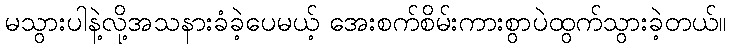
မသွားပါနဲ့လို့အသနားခံခဲ့ပေမယ့် အေးစက်စိမ်းကားစွာပဲထွက်သွားခဲ့တယ်။